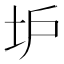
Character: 𡉴